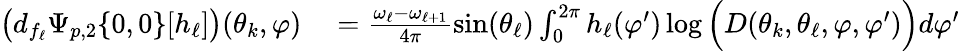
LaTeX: \begin{array}{rl}{\big(d_{f_{\ell}}\Psi_{p,2}\{ 0,0\} [h_{\ell}]\big)(\theta_{k},\varphi)}&{{}=\frac{\omega_{\ell}-\omega_{\ell+1}}{4\pi}\sin(\theta_{\ell})\int_{0}^{2\pi}h_{\ell}(\varphi^{\prime})\log\Big(D(\theta_{k},\theta_{\ell},\varphi,\varphi^{\prime})\Big)d\varphi^{\prime}}\end{array}